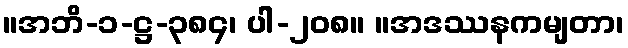
။အဘိ-၁-ဋ္ဌ-၃၈၄၊ ပါ-၂၀၈။ ။အဒဿနကမျတာ၊